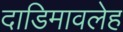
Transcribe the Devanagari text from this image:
दाडिमावलेह